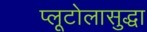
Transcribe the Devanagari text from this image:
प्लूटोलासुद्धा